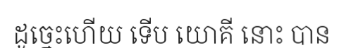
ដូច្នេះហើយ ទើប យោគី នោះ បាន